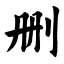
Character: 删